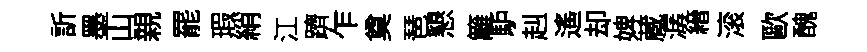
訢墨山親罷瑕綃江躋乍奠琶懇籬馿赳遙却婢蔵潺縉滚歐醜